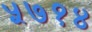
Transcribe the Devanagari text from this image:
५७१४